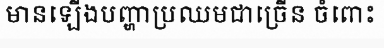
មានឡើងបញ្ហាប្រឈមជាច្រើន ចំពោះ